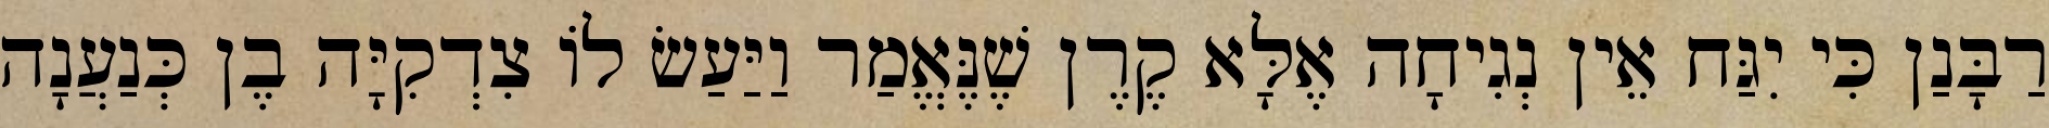
רַבָּנַן כִּי יִגַּח אֵין נְגִיחָה אֶלָּא קֶרֶן שֶׁנֶּאֱמַר וַיַּעַשׂ לוֹ צִדְקִיָּה בֶן כְּנַעֲנָה